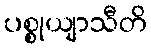
ပစ္စုယျာသီတိ